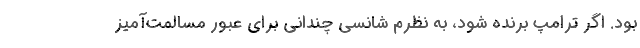
بود. اگر ترامپ برنده شود، به نظرم شانسي چندانی براي عبور مسالمت‌آمیز